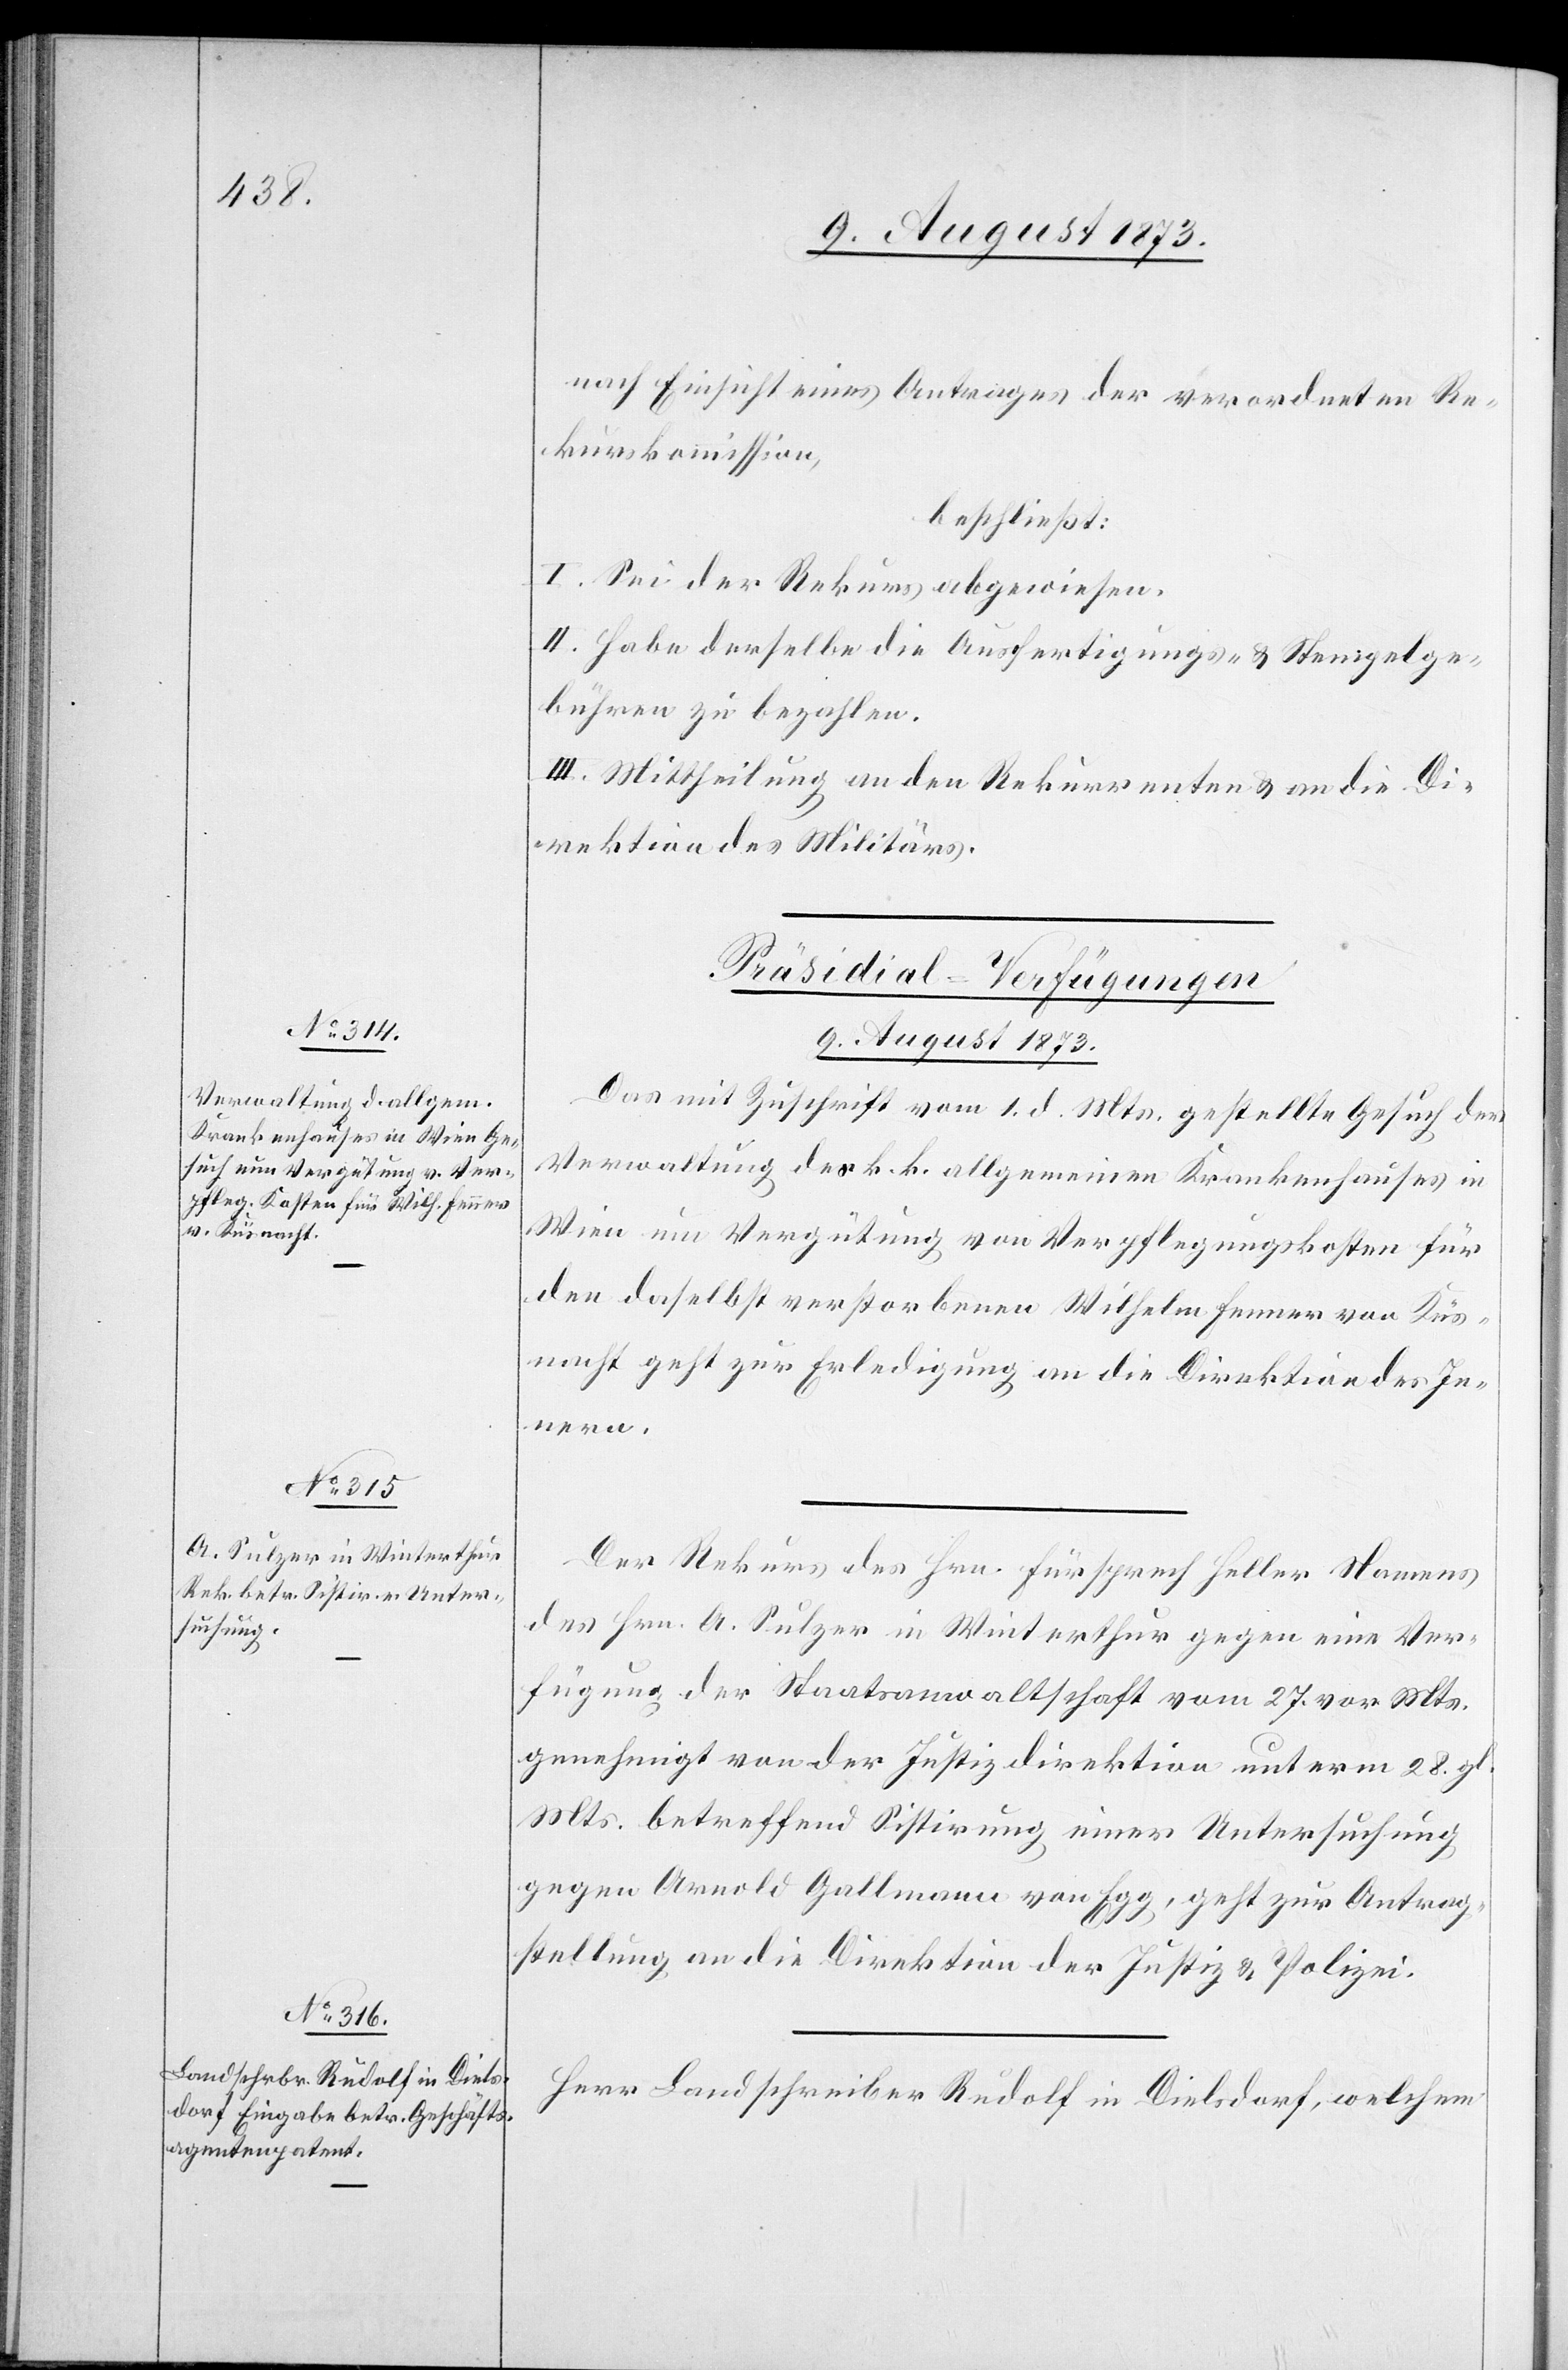
nach Einsicht eines Antrages der verordneten Re¬
kurskommission,
beschließt:
I. Sei der Rekurs abgewiesen.
II. Habe derselbe die Ausfertigungs- & Stempelge¬
bühren zu bezahlen.
III. Mittheilung an den Rekurrenten & an die Di¬
rektion des Militärs.
[Präsidial-Verfügungen
9. August 1873.]
Das mit Zuschrift vom 1. d. Mts. gestellte Gesuch der
Verwaltung des k. k. allgemeinen Krankenhauses in
Wien um Vergütung von Verpflegungskosten für
den daselbst verstorbenen Wilhelm Fenner von Küs¬
nacht geht zur Erledigung an die Direktion des In¬
nern.
Der Rekurs des Hrn. Fürsprech Heller Namens
des Hrn. A. Sulzer in Winterthur gegen eine Ver¬
fügung der Staatsanwaltschaft vom 27. vor. Mts.
genehmigt von der Justizdirektion unterm 28. gl.
Mts. betreffend Sistirung einer Untersuchung
gegen Arnold Gallmann von Egg, geht zur Antrag¬
stellung an die Direktion der Justiz & Polizei.
Herr Landschreiber Rudolf in Dielsdorf, welchem